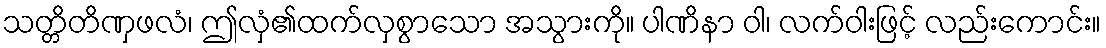
သတ္တိတိဏှဖလံ၊ ဤလှံ၏ထက်လှစွာသော အသွားကို။ ပါဏိနာ ဝါ၊ လက်ဝါးဖြင့် လည်းကောင်း။